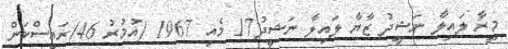
މީރާ ލައިލާ ނަޝީދު ޒާޔާ ލައިލާ ނަޝީދު17 މެއި 1967 (އުމުރު 46)ރައީސްކަން